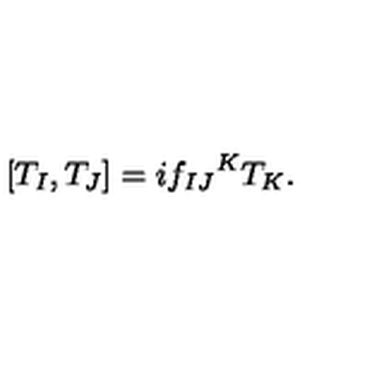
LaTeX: [ T _ { I } , T _ { J } ] = i { f _ { I J } } ^ { K } T _ { K } .